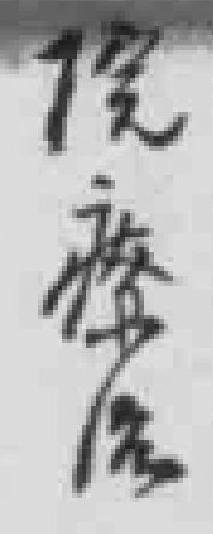
院療治